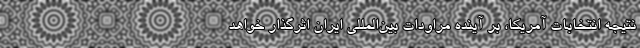
نتیجه انتخابات آمریکا، بر آینده مراودات بین‌المللی ایران اثرگذار خواهد